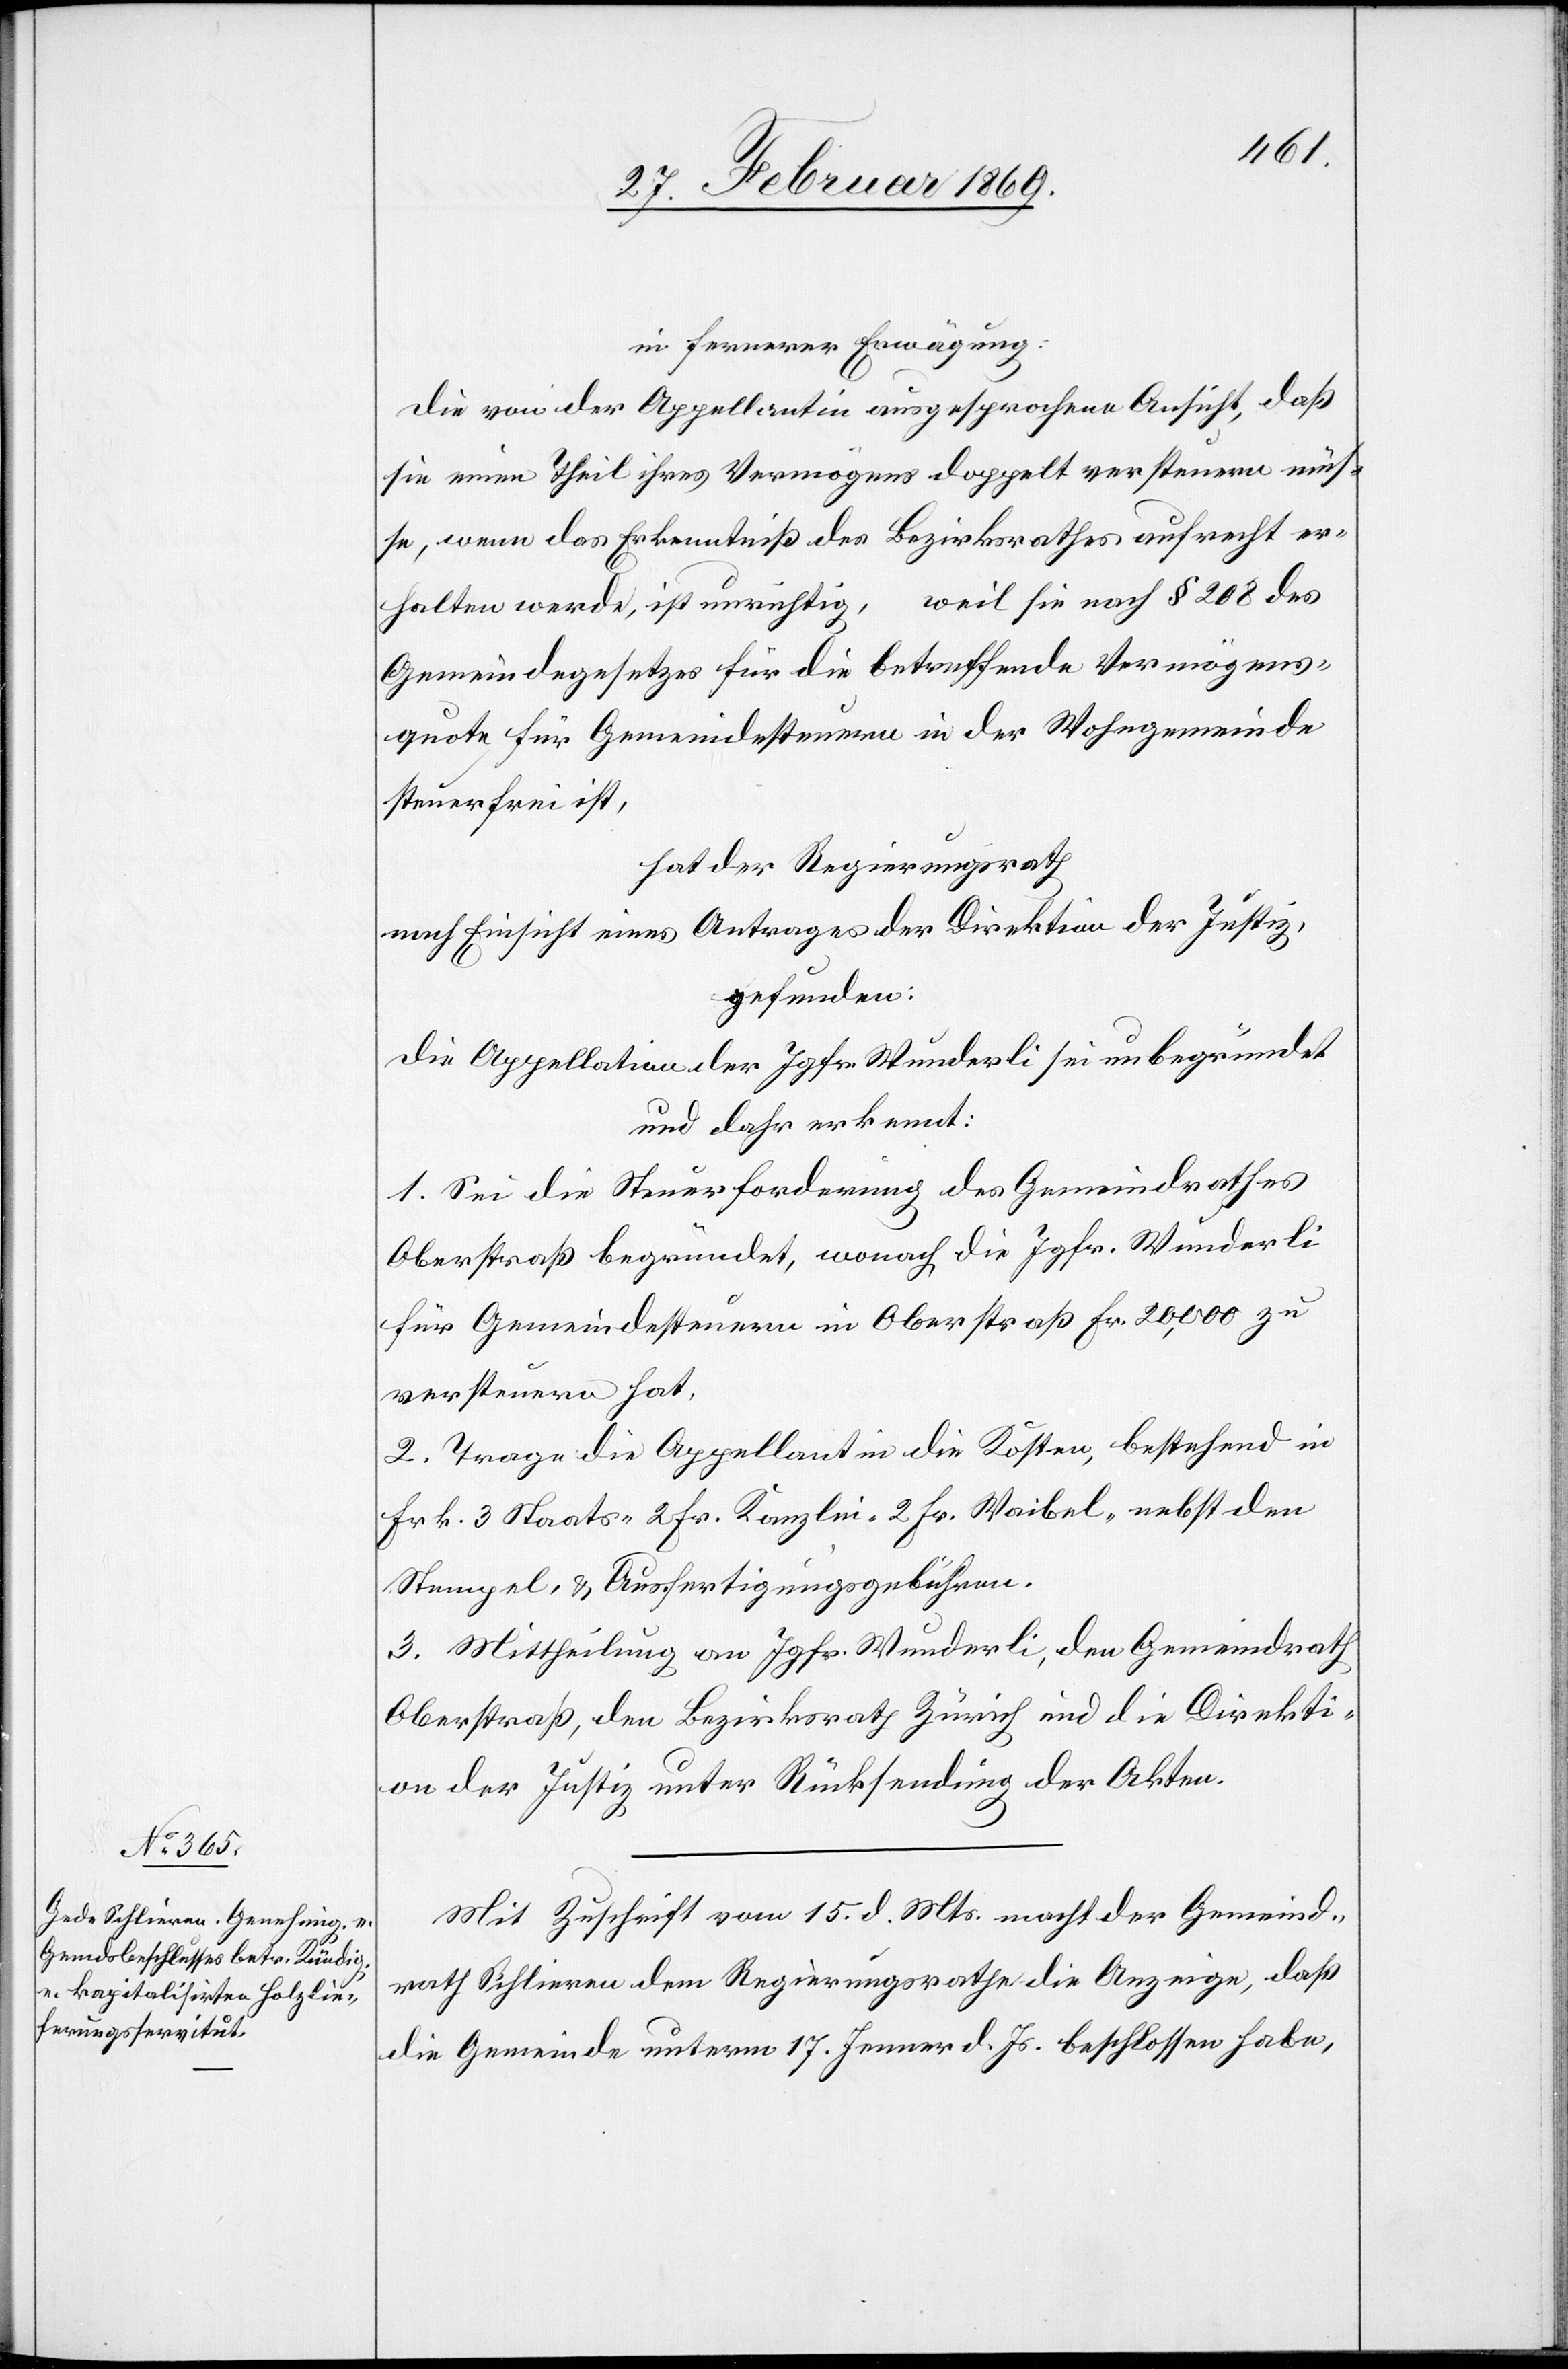
in fernerer Erwägung:
Die von der Appellatin ausgesprochene Ansicht, daß
sie einen Theil ihres Vermögens doppelt versteuern müs¬
se, wenn das Erkenntniß des Bezirksrathes aufrecht er¬
halten werde, ist unrichtig, weil sie nach § 208 des
Gemeindegesetzes für die betreffende Vermögens¬
quote für Gemeindesteuern in der Wohngemeinde
steuerfrei ist,
hat der Regierungsrath,
nach Einsicht eines Antrages der Direktion der Justiz,
gefunden:
Die Appellation der Jgfr. Wunderli sei unbegründet
und daher erkennt:
1. Sei die Steuerforderung des Gemeindrathes
Oberstraß begründet, wonach die Jgfr. Wunderli
für Gemeindesteuern in Oberstraß Fr. 20,000 zu
versteuern hat.
2. Trage die Appellantin die Kosten, bestehend in
Frk. 3 Staats- 2 Fr. Kanzlei- 2 Fr. Waibel- nebst den
Stempel- & Ausfertigungsgebühren.
3. Mittheilung an Jgfr. Wunderli, den Gemeindrath
Oberstraß, den Bezirksrath Zürich und die Direkti¬
on der Justiz unter Rücksendung der Akten.
Mit Zuschrift vom 15. d. Mts. macht der Gemeind¬
rath Schlieren dem Regierungsrathe die Anzeige, daß
die Gemeinde unterm 17. Jenner d. Js. beschlossen habe,